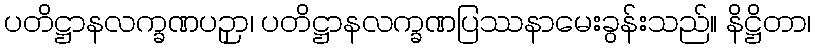
ပတိဋ္ဌာနလက္ခဏပဉှာ၊ ပတိဋ္ဌာနလက္ခဏပြဿနာမေးခွန်းသည်။ နိဋ္ဌိတာ၊